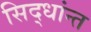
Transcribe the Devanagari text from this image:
सिद्धांन्त